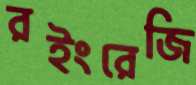
রইংরেজি